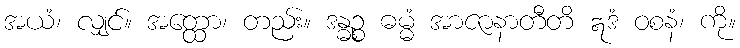
အယံ၊ လျှင်။ အတ္ထော၊ တည်း။ ဒန္ဓဉ္စ ဓမ္မံ အာဇာနာတီတိ ဣဒံ ဝစနံ၊ ကို။